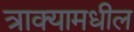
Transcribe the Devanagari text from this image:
त्राक्यामधील